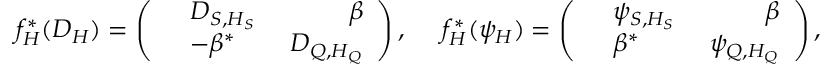
f _ { H } ^ { * } ( D _ { H } ) = \left( \begin{array} { r l r } & { D _ { S , H _ { S } } \ } & { \beta } \\ & { - \beta ^ { * } \ } & { D _ { Q , H _ { Q } } } \end{array} \right) , \ \ \ \ f _ { H } ^ { * } ( \psi _ { H } ) = \left( \begin{array} { r l r } & { \psi _ { S , H _ { S } } \ } & { \beta } \\ & { \beta ^ { * } \ } & { \psi _ { Q , H _ { Q } } } \end{array} \right) ,